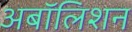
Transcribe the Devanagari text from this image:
अबॉलिशन